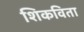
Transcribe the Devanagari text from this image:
शिकविता